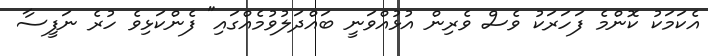
އެކަމަކު ކޮންމެ ފަހަރަކު ވެސް ވެރިން އުޅުއްވަނީ ބައްދަލުވުމެއްގައި" ފެންކަޅިވެ ހުރެ ނަފީސާ